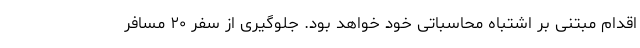
اقدام مبتنی بر اشتباه محاسباتی خود خواهد بود. جلوگیری از سفر ۲۰ مسافر